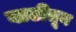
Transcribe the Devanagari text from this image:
वाढीतून